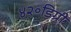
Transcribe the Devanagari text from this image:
४२॰डिग्री